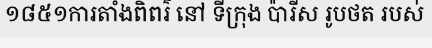
១៨៥១ការតាំងពិពរ៌ នៅ ទីក្រុង ប៉ារីស រូបថត របស់